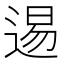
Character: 逷